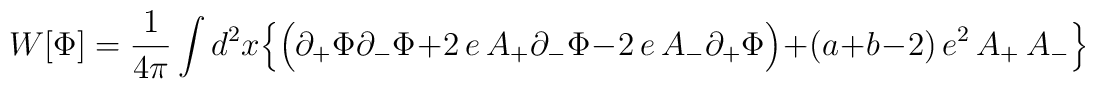
W[\Phi]={1\over {4\pi}}\int d^2x\:\Big{\{}\Big{(}\partial_+\Phi\partial_-\Phi + 2\,e\, A_+\partial_-\Phi - 2\,e\, A_-\partial_+\Phi\Big{)} +(a+b-2)\,e^2\,A_+\,A_-\Big{\}}